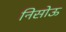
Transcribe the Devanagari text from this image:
निसोऊ